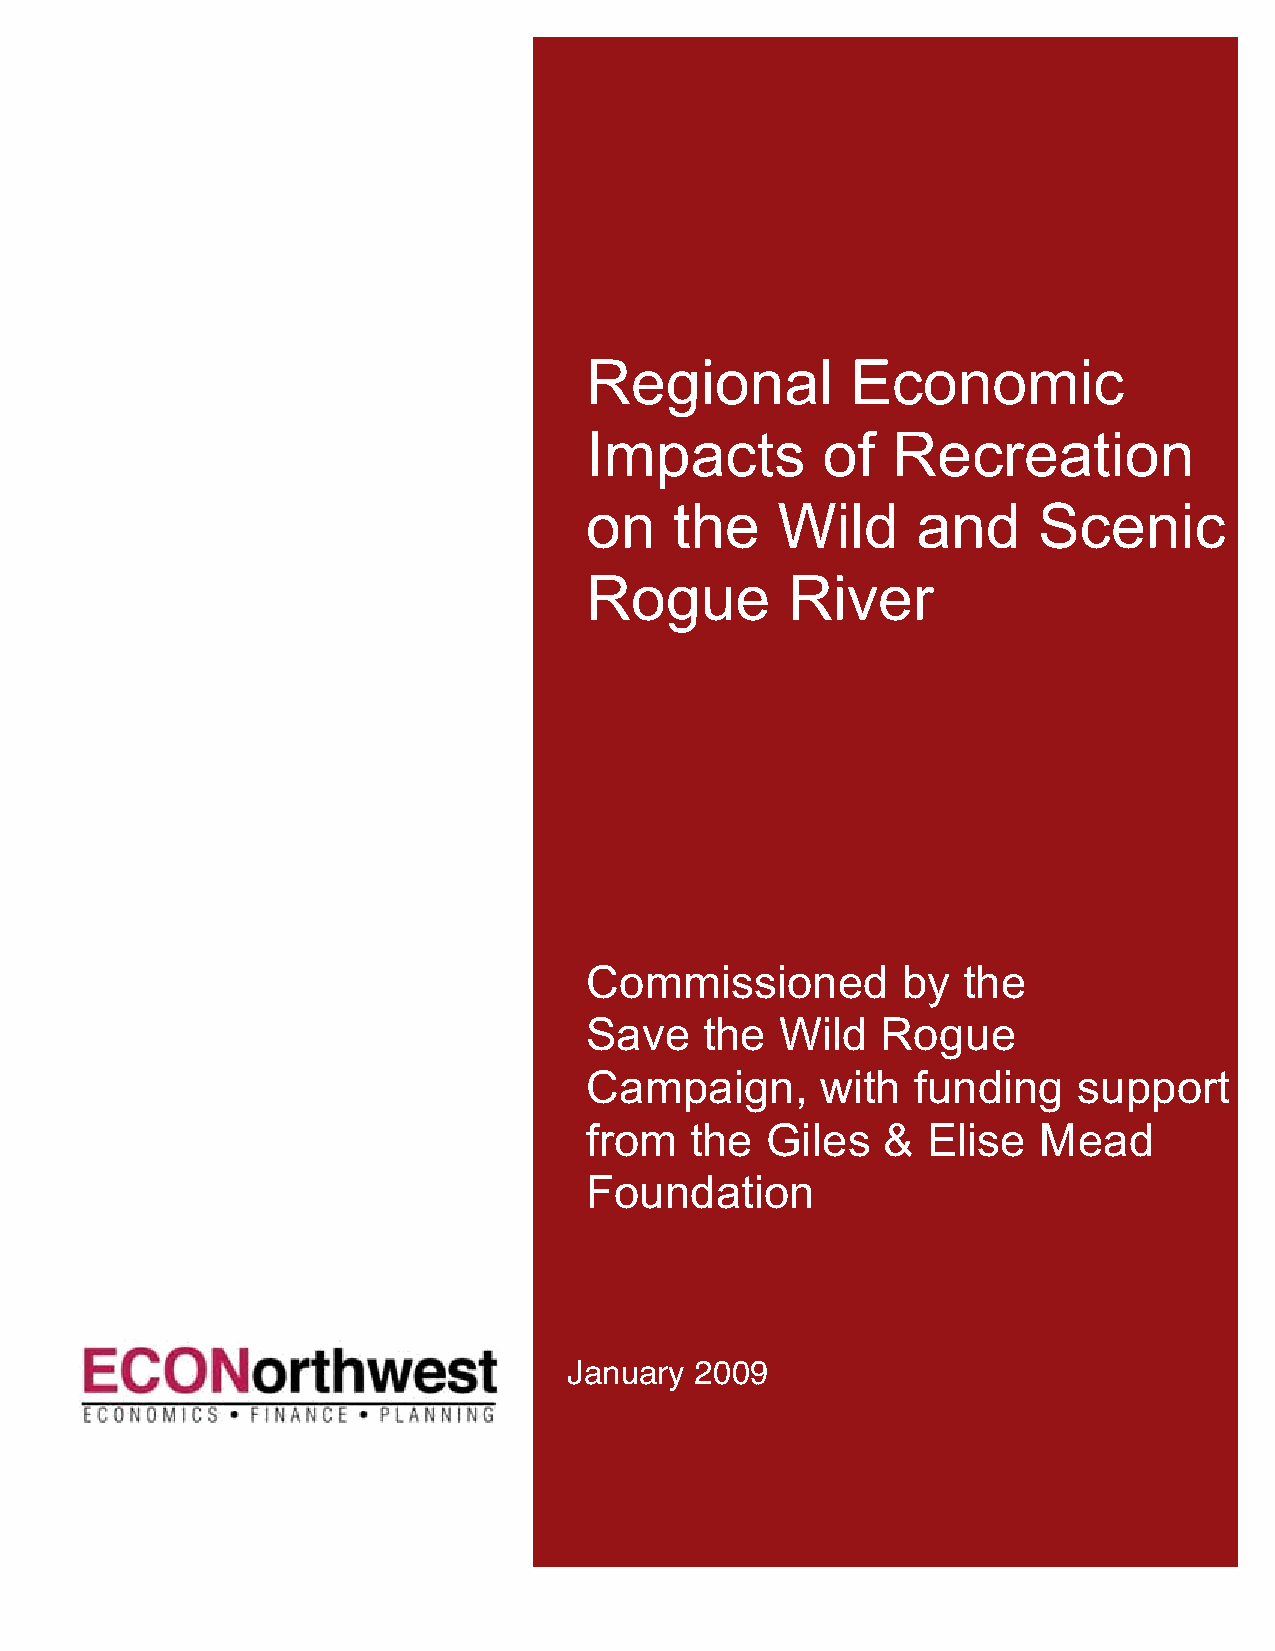
Regional         Economic
 Impacts        of   Recreation
 on    the   Wild      and     Scenic
 Rogue        River
 Commissioned         by  the
 Save    the  Wild  Rogue
 Campaign,      with   funding   support
 from   the  Giles  &  Elise   Mead
 Foundation
 January 2009